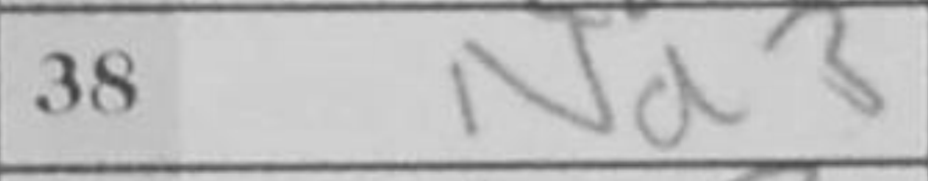
Transcription: Nd3